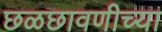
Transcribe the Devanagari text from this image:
छळछावणीच्या